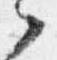
之